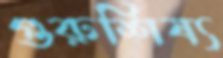
গুরুশিষ্য